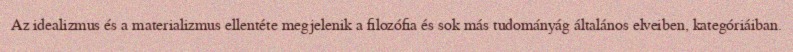
Az idealizmus és a materializmus ellentéte megjelenik a filozófia és sok más tudományág általános elveiben, kategóriáiban.